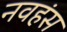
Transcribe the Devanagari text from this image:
नवहंस